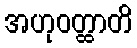
အဟုဝတ္ထာတိ